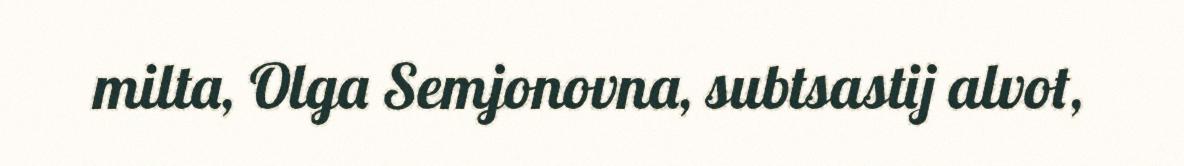
milta, Olga Semjonovna, subtsastij alvot,